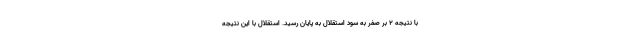
با نتیجه ۲ بر صفر به سود استقلال به پایان رسید. استقلال با این نتیجه